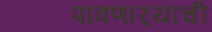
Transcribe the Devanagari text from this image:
पावणार्‍यांची